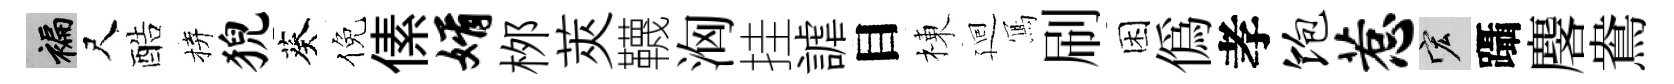
褊尺酷拚猊葵倪傃婿桞莢韈洶挂謔目棟廻𭂁刷困偽孝饱惹宏躡麐鴦